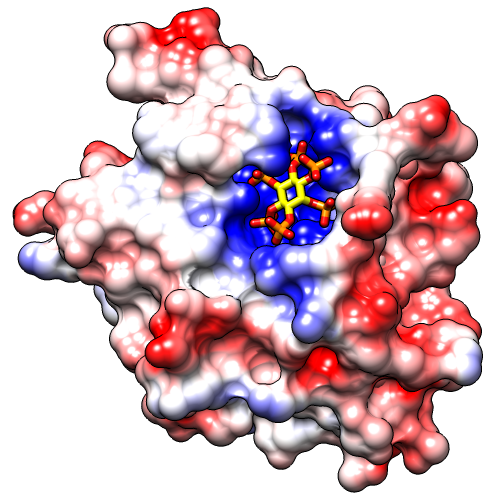
chimera, surface, prset pub